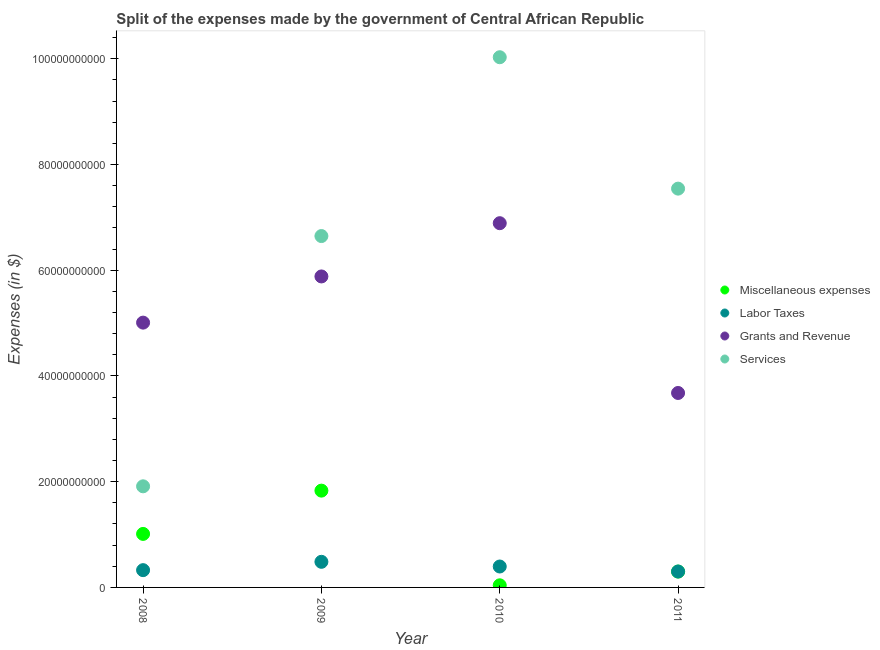
| Year | Miscellaneous expenses | Labor Taxes | Grants and Revenue | Services |
 | --- | --- | --- | --- | --- |
 | 2008 | 1.01e+10 | 3.27e+09 | 5.01e+10 | 1.91e+10 |
 | 2009 | 1.83e+10 | 4.84e+09 | 5.88e+10 | 6.65e+10 |
 | 2010 | 4e+08 | 3.96e+09 | 6.89e+10 | 1e+11 |
 | 2011 | 3e+09 | 3.01e+09 | 3.68e+10 | 7.54e+10 |